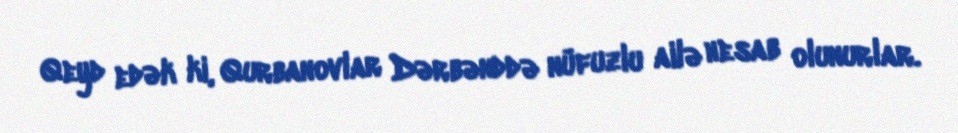
Qeyd edək ki, Qurbanovlar Dərbənddə nüfuzlu ailə hesab olunurlar.